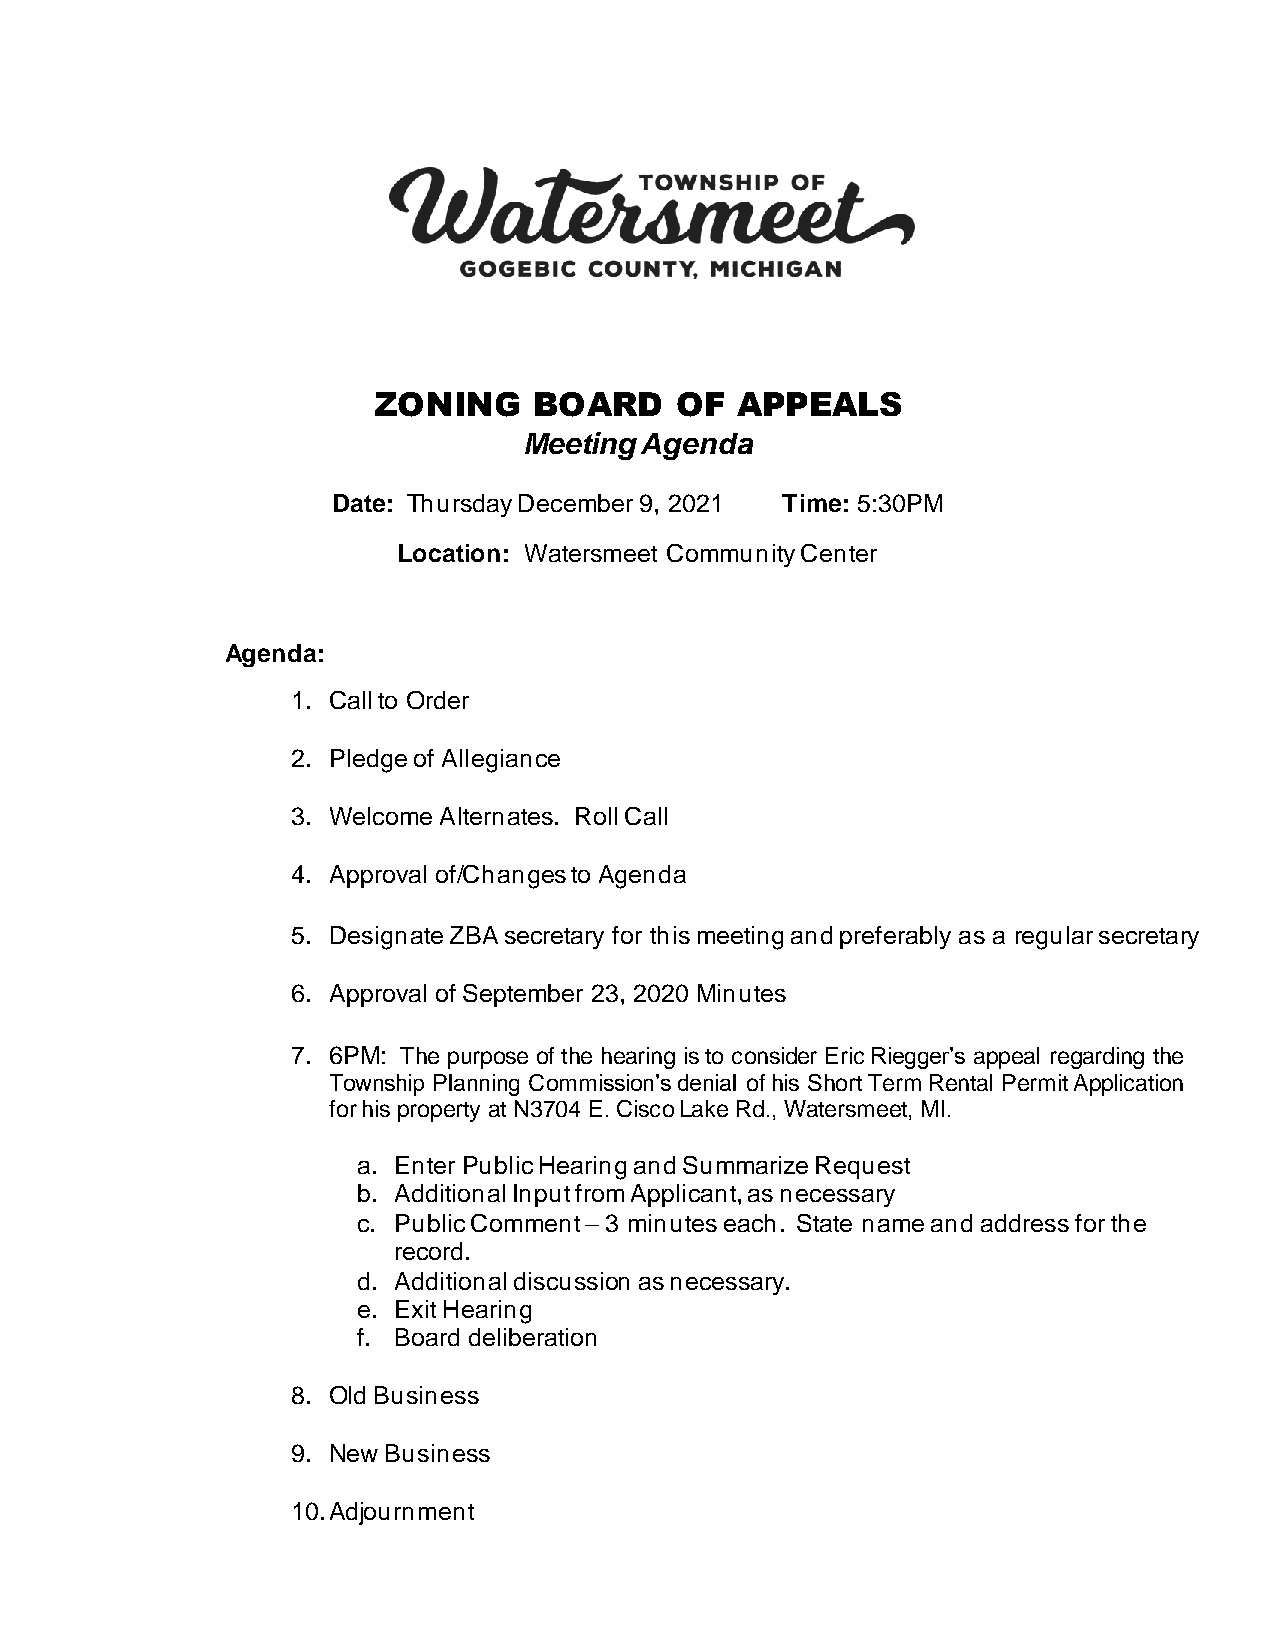
ZONING    BOARD     OF  APPEALS
 Meeting Agenda
 Date: Thursday December 9, 2021 Time: 5:30PM
 Location: Watersmeet Community Center
 Agenda:
 1. Call to Order
 2. Pledge of Allegiance
 3. Welcome Alternates. Roll Call
 4. Approval of/Changes to Agenda
 5. Designate ZBA secretary for this meeting and preferably as a regular secretary
 6. Approval of September 23, 2020 Minutes
 7. 6PM: The purpose of the hearing is to consider Eric Riegger’s appeal regarding the
 Township Planning Commission’s denial of his Short Term Rental Permit Application
 for his property at N3704 E. Cisco Lake Rd., Watersmeet, MI.
 a. Enter Public Hearing and Summarize Request
 b. Additional Input from Applicant, as necessary
 c. Public Comment – 3 minutes each. State name and address for the
 record.
 d. Additional discussion as necessary.
 e. Exit Hearing
 f. Board deliberation
 8. Old Business
 9. New Business
 10. Adjournment